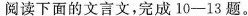
阅读下面的文言文5完成10-13。